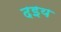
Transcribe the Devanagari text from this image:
दइय